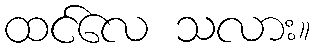
ထင်လေ သလား။